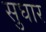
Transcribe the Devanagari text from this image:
सुघार